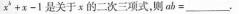
x'+x-1是关于x的二次三项式，则ab=___.